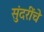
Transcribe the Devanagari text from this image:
सुंदरींचे